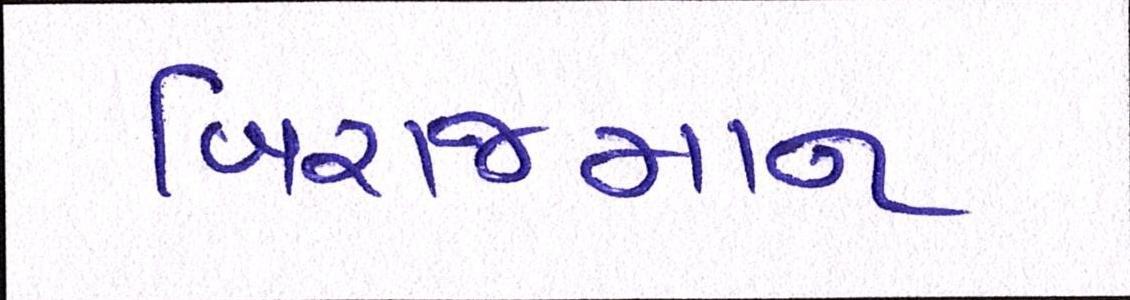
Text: બિરાજમાન